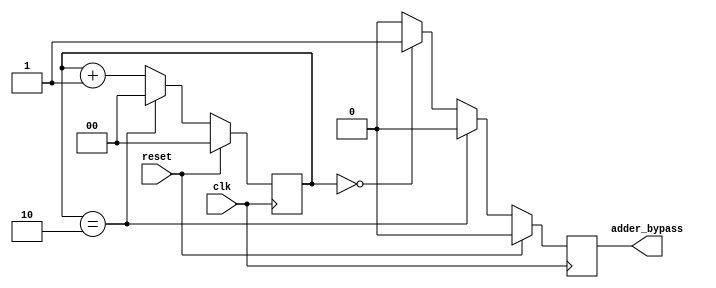
`timescale 1ns / 1ps

module bypass_counter(clk,reset,adder_bypass);
input clk;
input reset;
output reg adder_bypass;
reg [1:0] count;
always@(posedge clk )
begin
    if(reset)
    begin
        count<=0;
        adder_bypass<=0;
    end
    else
    begin
        if (count == 2)
        begin
            adder_bypass<=0;
            count<=0;
        end
        else if (count == 0)
        begin
            adder_bypass<=1;
            count<=count+1;
        end
        else
        begin
            adder_bypass<=0;
            count<=count+1;
        end
    end
end
endmodule